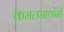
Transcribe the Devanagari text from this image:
कमलनाथांनी